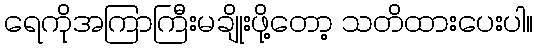
ရေကိုအကြာကြီးမချိုးဖို့တော့ သတိထားပေးပါ။